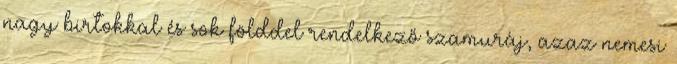
nagy birtokkal és sok földdel rendelkező szamuráj, azaz nemesi